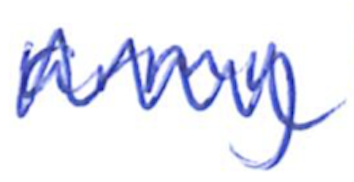
Text: army
Cross-out: zig-zag
Writing tool: ballpoint